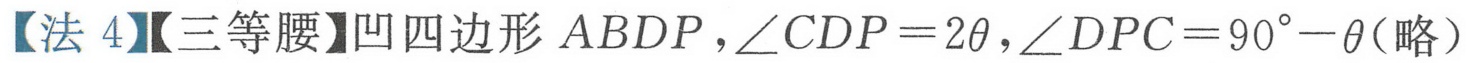
【法 4】【三等腰】凹四边形\(ABDP\)，\(\angle CDP = 2\theta\)，\(\angle DPC = 90^{\circ}-\theta\)(略）